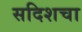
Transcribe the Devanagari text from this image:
सदिशचा